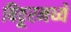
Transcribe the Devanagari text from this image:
बिठूरमध्ये